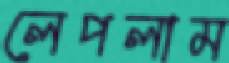
লেপলাম